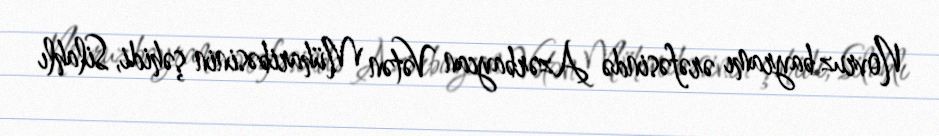
Novruz bayramı ərəfəsində Azərbaycan Vətən Müharibəsinin şəhidi, Silahlı